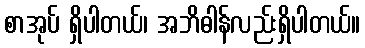
စာအုပ် ရှိပါတယ်၊ အဘိဓါန်လည်းရှိပါတယ်။